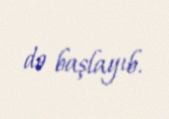
də başlayıb.